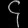
Digit: ၄